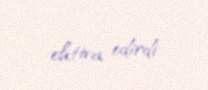
ehtiva edirdi.